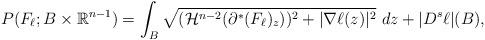
LaTeX: \begin{align*}P (F_{\ell}; B \times \mathbb{R}^{n-1}) = \int_{B} \sqrt{ (\mathcal{H}^{n-2} (\partial^{*} (F_{\ell})_{z}))^2 + |\nabla \ell (z)|^{2} } \ dz + | D^{s} \ell| (B), \end{align*}